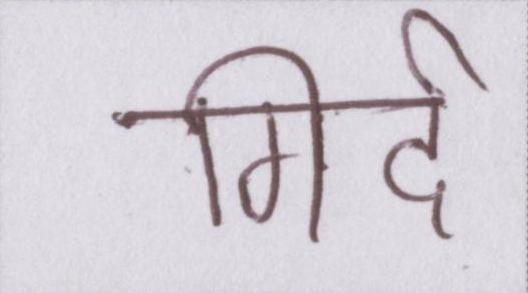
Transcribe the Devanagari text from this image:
गिर्द